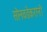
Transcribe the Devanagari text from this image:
सोनवडेकरांनी